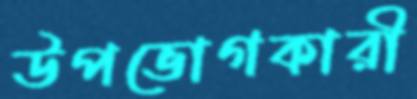
উপভোগকারী